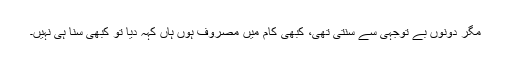
مگر دونوں بے توجہی سے سنتی تھی، کبھی کام میں مصروف ہوں ہاں کہہ دیا تو کبھی سنا ہی نہیں۔